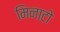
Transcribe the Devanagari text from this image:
मिनाटो